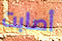
أصابت